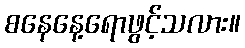
စနေနေ့ရောဖွင့်သလား။